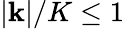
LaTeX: |\mathbf{k}|/K\leq 1